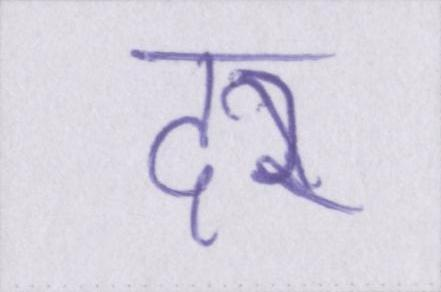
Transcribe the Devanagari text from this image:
दर